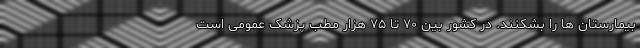
بیمارستان ها را بشکنند. در کشور بین ۷۰ تا ۷۵ هزار مطب پزشک عمومی است